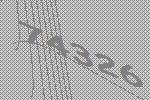
74326